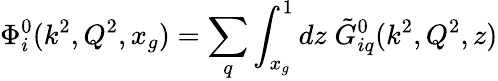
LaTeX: \Phi_{i}^{0}(k^{2},Q^{2},x_{g})=\sum_{q}\int_{x_{g}}^{1}dz\; \tilde{G}_{iq}^{0}(k^{2},Q^{2},z)